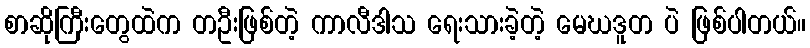
စာဆိုကြီးတွေထဲက တဦးဖြစ်တဲ့ ကာလီဒါသ ရေးသားခဲ့တဲ့ မေဃဒူတ ပဲ ဖြစ်ပါတယ်။